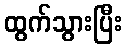
ထွက်သွားပြီး